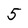
Character: 5